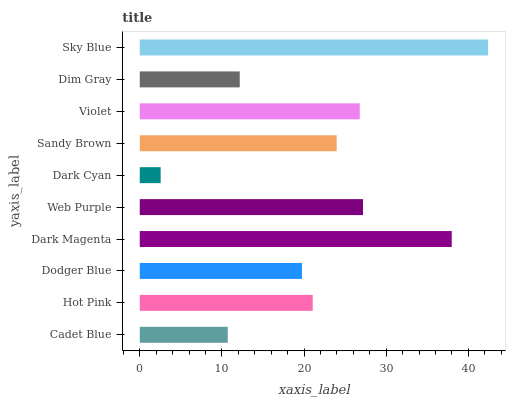
| yaxis_label | bars |
 | --- | --- |
 | Cadet Blue | 10.7 |
 | Hot Pink | 21.1 |
 | Dodger Blue | 19.7 |
 | Dark Magenta | 38 |
 | Web Purple | 27.2 |
 | Dark Cyan | 2.55 |
 | Sandy Brown | 24 |
 | Violet | 26.8 |
 | Dim Gray | 12.2 |
 | Sky Blue | 42.4 |